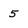
Character: 5